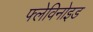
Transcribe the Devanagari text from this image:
फ्लेविनोइड